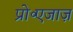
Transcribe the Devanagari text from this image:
प्रो॰एजाज़